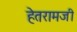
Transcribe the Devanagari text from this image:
हेतरामजी